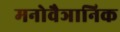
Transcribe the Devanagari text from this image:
मनोवैञानिक